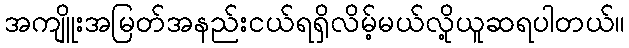
အကျိူးအမြတ်အနည်းငယ်ရရှိလိမ့်မယ်လို့ယူဆရပါတယ်။